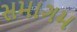
સમાગમ